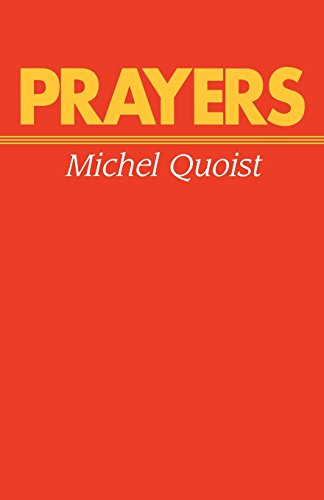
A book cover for Prayers; Michel Quoist; Religion & Spirituality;